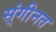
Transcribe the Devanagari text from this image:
स्ंगीनत